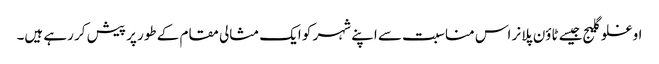
اوغلو گلیج جیسے ٹاؤن پلانر اس مناسبت سے اپنے شہر کو ایک مثالی مقام کے طور پر پیش کر رہے ہیں۔